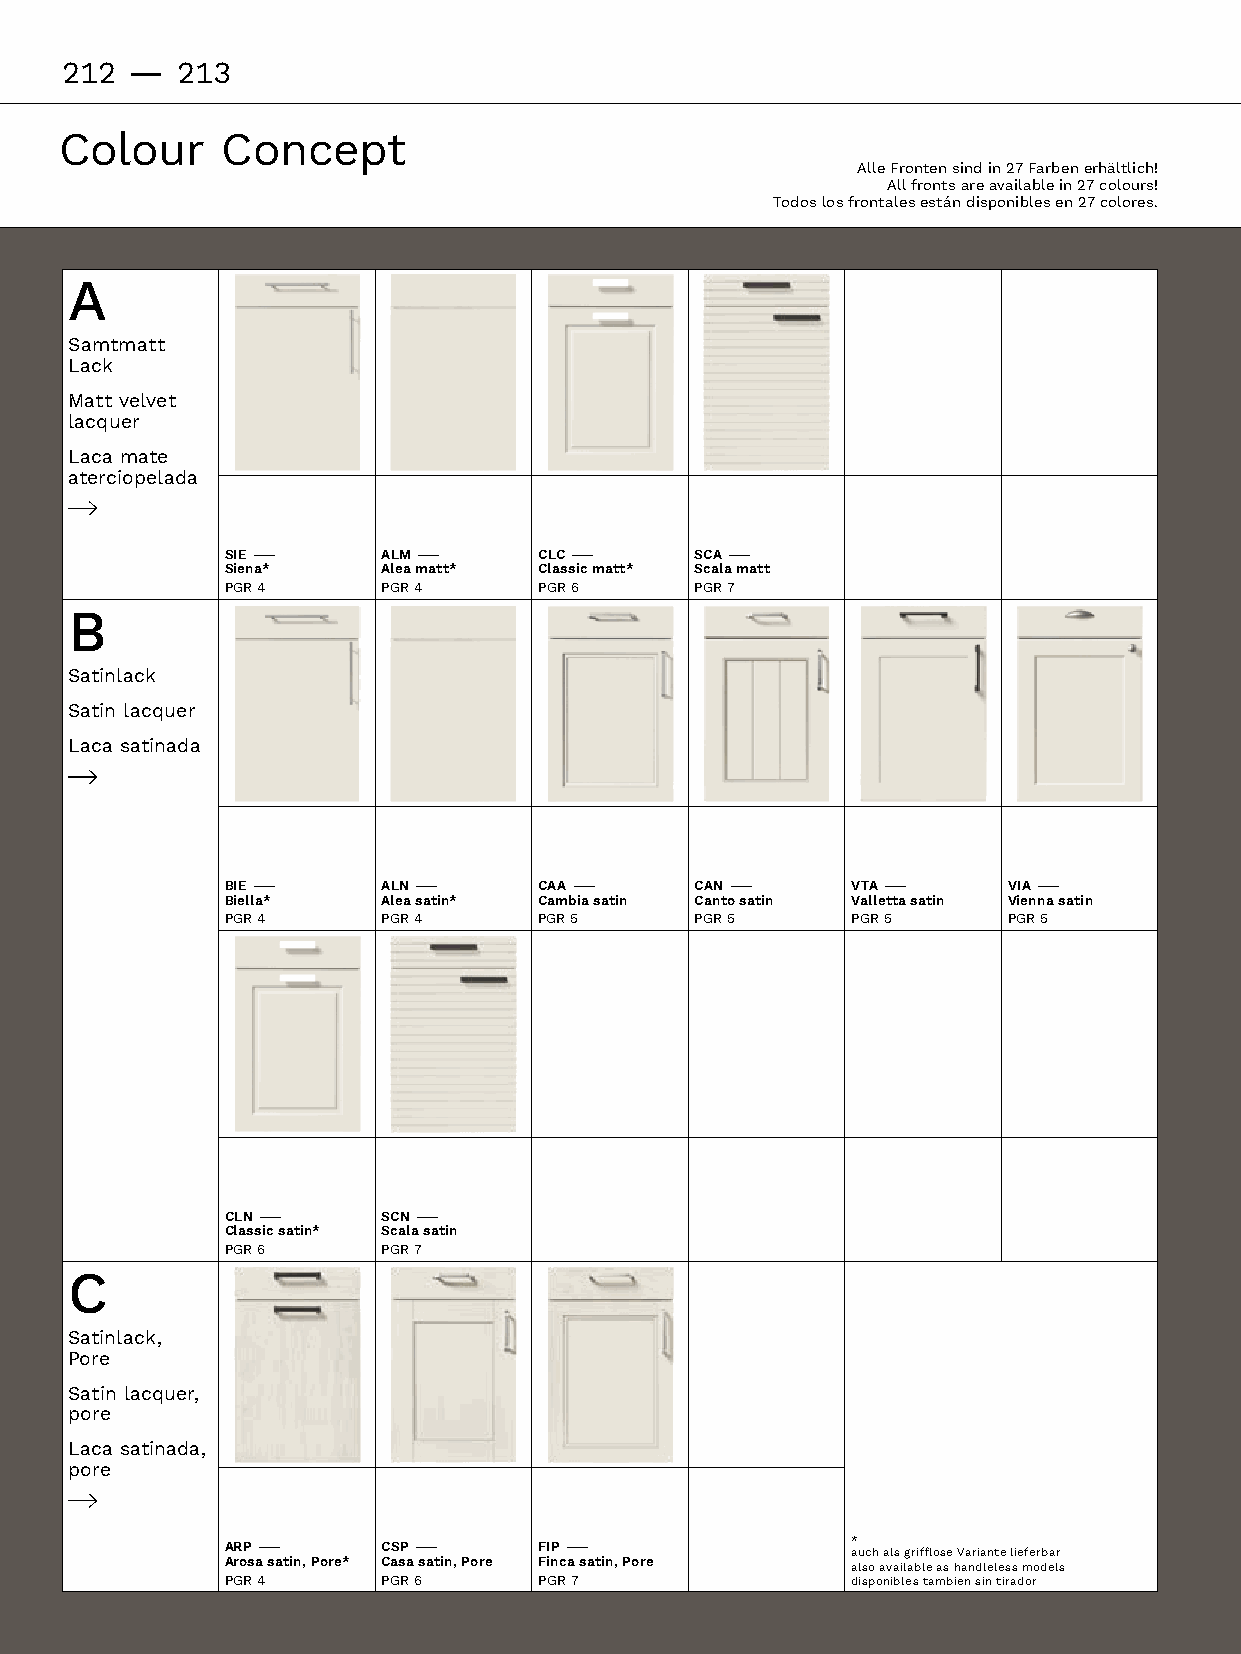
212 -   213
 Colour     Concept
 AlleFrontensindin27Farbenerhältlich!
 Allfrontsareavailablein27colours!
 Todoslosfrontalesestándisponiblesen27colores.
 A
 Samtmatt
 Lack
 Mattvelvet
 lacquer
 Laca mate
 aterciopelada
 SIE –     ALM –      CLC –     SCA –
 Siena*    Alea matt* Classic matt* Scala matt
 PGR 4     PGR 4      PGR 6     PGR 7
 B
 Satinlack
 Satin lacquer
 Laca satinada
 BIE –     ALN –      CAA –     CAN –     VTA –      VIA –
 Biella*   Alea satin* Cambia satin Canto satin Valletta satin Vienna satin
 PGR 4     PGR 4      PGR 5     PGR 5     PGR 5      PGR 5
 CLN –     SCN –
 Classic satin* Scala satin
 PGR 6     PGR 7
 C
 Satinlack,
 Pore
 Satinlacquer,
 pore
 Lacasatinada,
 pore
 ARP –     CSP –      FIP –               *
 auchalsgriffloseVariantelieferbar
 Arosa satin, Pore* Casa satin, Pore Finca satin, Pore alsoavailableashandlelessmodels
 PGR 4     PGR 6      PGR 7               disponiblestambiensintirador